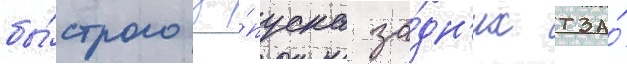
бы́строго за́пуска за́дн'их тза́